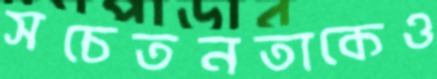
সচেতনতাকেও